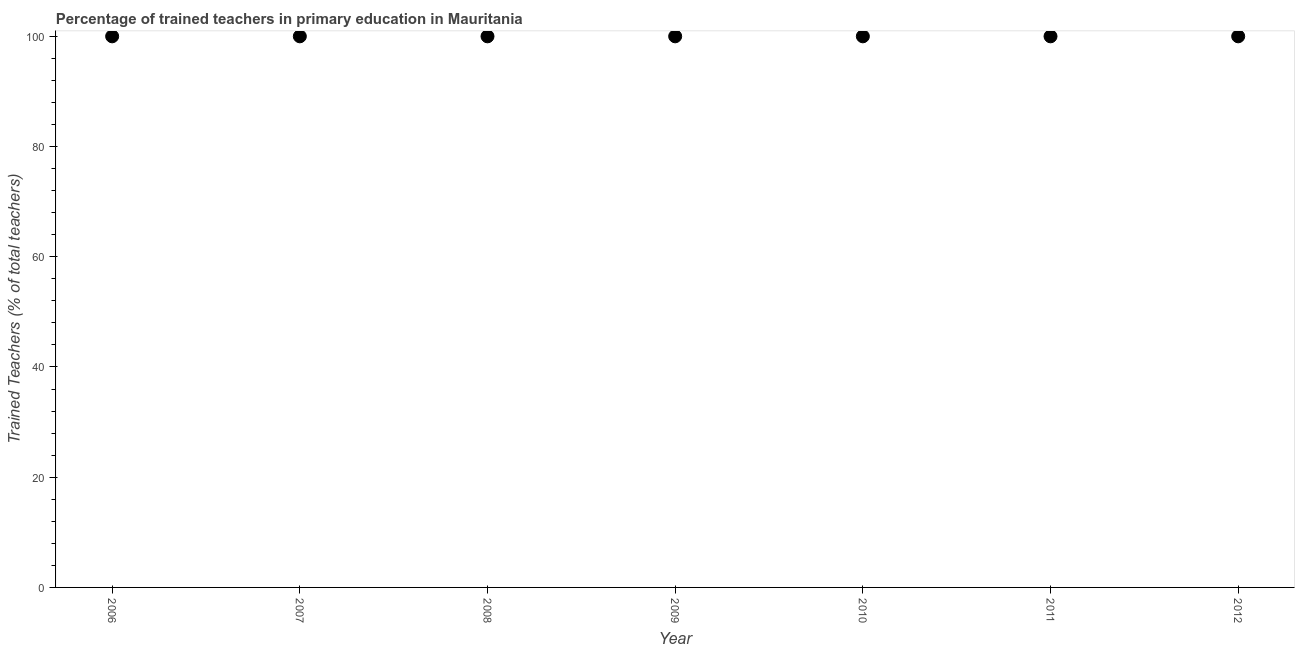
| Year | Trained teacher |
 | --- | --- |
 | 2006 | 100 |
 | 2007 | 100 |
 | 2008 | 100 |
 | 2009 | 100 |
 | 2010 | 100 |
 | 2011 | 100 |
 | 2012 | 100 |